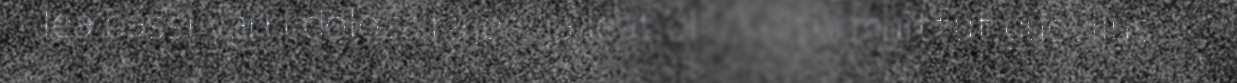
lea bássi várri doloža rájes, ja leat ollu kulturmuittut guovllus.